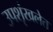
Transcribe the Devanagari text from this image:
उपशृंखलेत